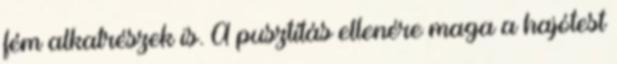
fém alkatrészek is. A pusztítás ellenére maga a hajótest